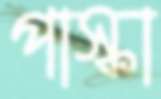
পাস্কা